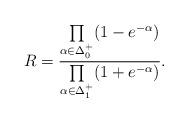
LaTeX: \begin{align*}R = \frac{\prod\limits_{\alpha\in\Delta_0^+}(1-e^{-\alpha})}{\prod\limits_{\alpha\in\Delta_1^+}(1+e^{-\alpha})}.\end{align*}